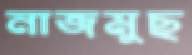
নাজমুছ